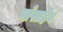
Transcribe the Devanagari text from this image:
माँसाहेबं